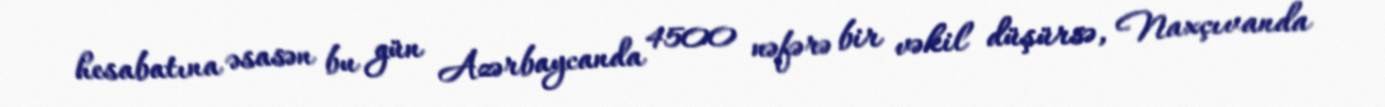
hesabatına əsasən bu gün Azərbaycanda 4500 nəfərə bir vəkil düşürsə, Naxçıvanda